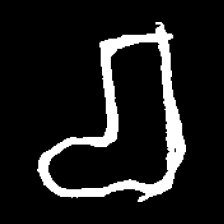
Pyu character \u2014 Myanmar letter: စ (romanized: ca)